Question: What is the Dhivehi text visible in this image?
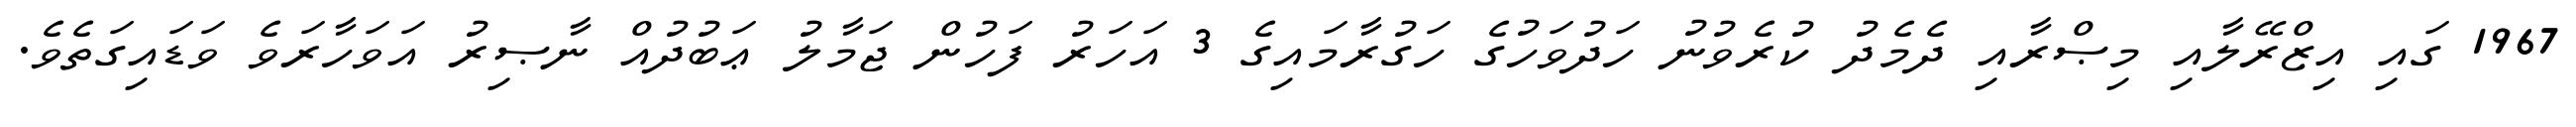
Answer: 1967 ގައި އިޒްރޭލާއި މިޞްރާއި ދެމެދު ކުރެވުނު ހަދުވަހުގެ ހަގުރާމައިގެ 3 އަހަރު ފަހުން ޖަމާލު ޢަބުދުއް ނާޞިރު އަވަހާރަވެ ވަޑައިގަތެވެ.